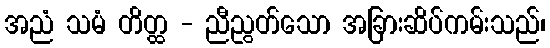
အညံ သမံ တိတ္ထ - ညီညွတ်သော အခြားဆိပ်ကမ်းသည်၊